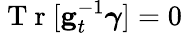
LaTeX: \mathrm{~T~r~}[{\mathbf g}_{t}^{-1}\boldsymbol{\gamma}]=0